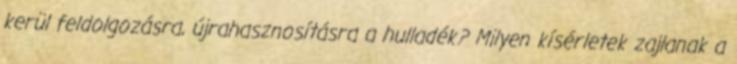
kerül feldolgozásra, újrahasznosításra a hulladék? Milyen kísérletek zajlanak a